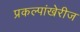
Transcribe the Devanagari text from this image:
प्रकल्पांखेरीज